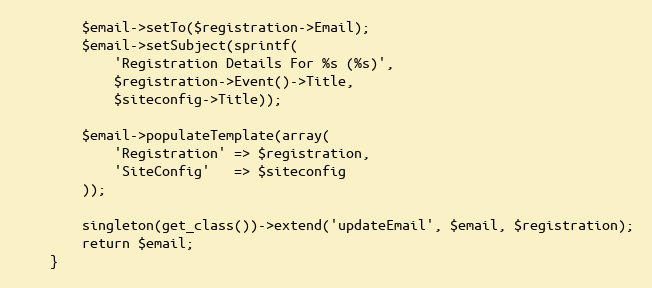
Language: PHP
		$email->setTo($registration->Email);
		$email->setSubject(sprintf(
			'Registration Details For %s (%s)',
			$registration->Event()->Title,
			$siteconfig->Title));

		$email->populateTemplate(array(
			'Registration' => $registration,
			'SiteConfig'   => $siteconfig
		));

		singleton(get_class())->extend('updateEmail', $email, $registration);
		return $email;
	}